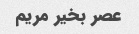
عصر بخیر مریم